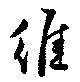
維